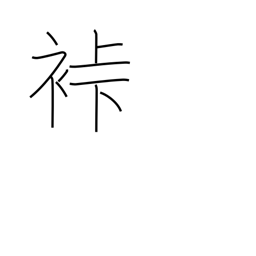
Meaning: samurai garb